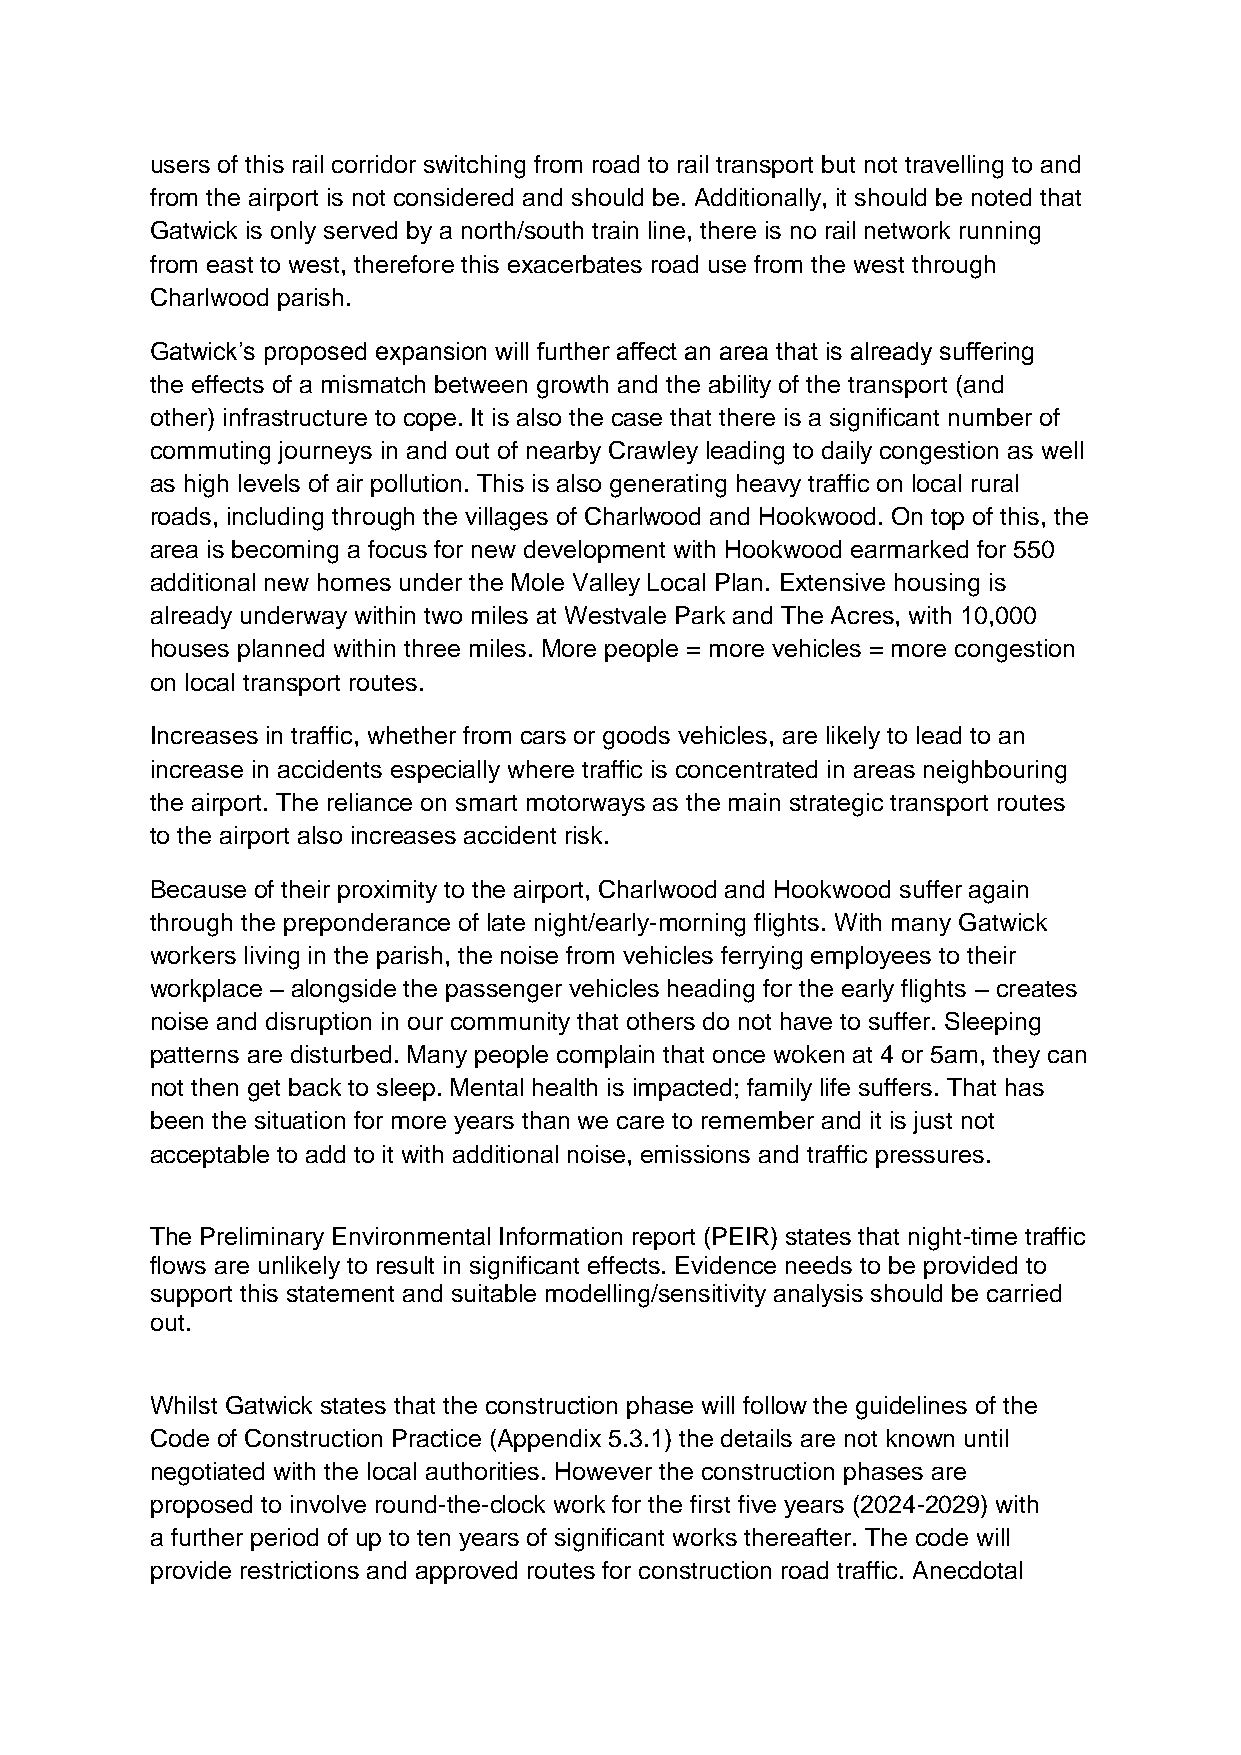
users of this rail corridor switching from road to rail transport but not travelling to and
 from the airport is not considered and should be. Additionally, it should be noted that
 Gatwick is only served by a north/south train line, there is no rail network running
 from east to west, therefore this exacerbates road use from the west through
 Charlwood parish.
 Gatwick’s proposed expansion will further affect an area that is already suffering
 the effects of a mismatch between growth and the ability of the transport (and
 other) infrastructure to cope. It is also the case that there is a significant number of
 commuting journeys in and out of nearby Crawley leading to daily congestion as well
 as high levels of air pollution. This is also generating heavy traffic on local rural
 roads, including through the villages of Charlwood and Hookwood. On top of this, the
 area is becoming a focus for new development with Hookwood earmarked for 550
 additional new homes under the Mole Valley Local Plan. Extensive housing is
 already underway within two miles at Westvale Park and The Acres, with 10,000
 houses planned within three miles. More people = more vehicles = more congestion
 on local transport routes.
 Increases in traffic, whether from cars or goods vehicles, are likely to lead to an
 increase in accidents especially where traffic is concentrated in areas neighbouring
 the airport. The reliance on smart motorways as the main strategic transport routes
 to the airport also increases accident risk.
 Because of their proximity to the airport, Charlwood and Hookwood suffer again
 through the preponderance of late night/early-morning flights. With many Gatwick
 workers living in the parish, the noise from vehicles ferrying employees to their
 workplace – alongside the passenger vehicles heading for the early flights – creates
 noise and disruption in our community that others do not have to suffer. Sleeping
 patterns are disturbed. Many people complain that once woken at 4 or 5am, they can
 not then get back to sleep. Mental health is impacted; family life suffers. That has
 been the situation for more years than we care to remember and it is just not
 acceptable to add to it with additional noise, emissions and traffic pressures.
 The Preliminary Environmental Information report (PEIR) states that night-time traffic
 flows are unlikely to result in significant effects. Evidence needs to be provided to
 support this statement and suitable modelling/sensitivity analysis should be carried
 out.
 Whilst Gatwick states that the construction phase will follow the guidelines of the
 Code of Construction Practice (Appendix 5.3.1) the details are not known until
 negotiated with the local authorities. However the construction phases are
 proposed to involve round-the-clock work for the first five years (2024-2029) with
 a further period of up to ten years of significant works thereafter. The code will
 provide restrictions and approved routes for construction road traffic. Anecdotal